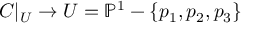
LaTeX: C | _ { U } \to U = \mathbb { P } ^ { 1 } - \{ p _ { 1 } , p _ { 2 } , p _ { 3 } \}